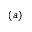
\left( a \right)